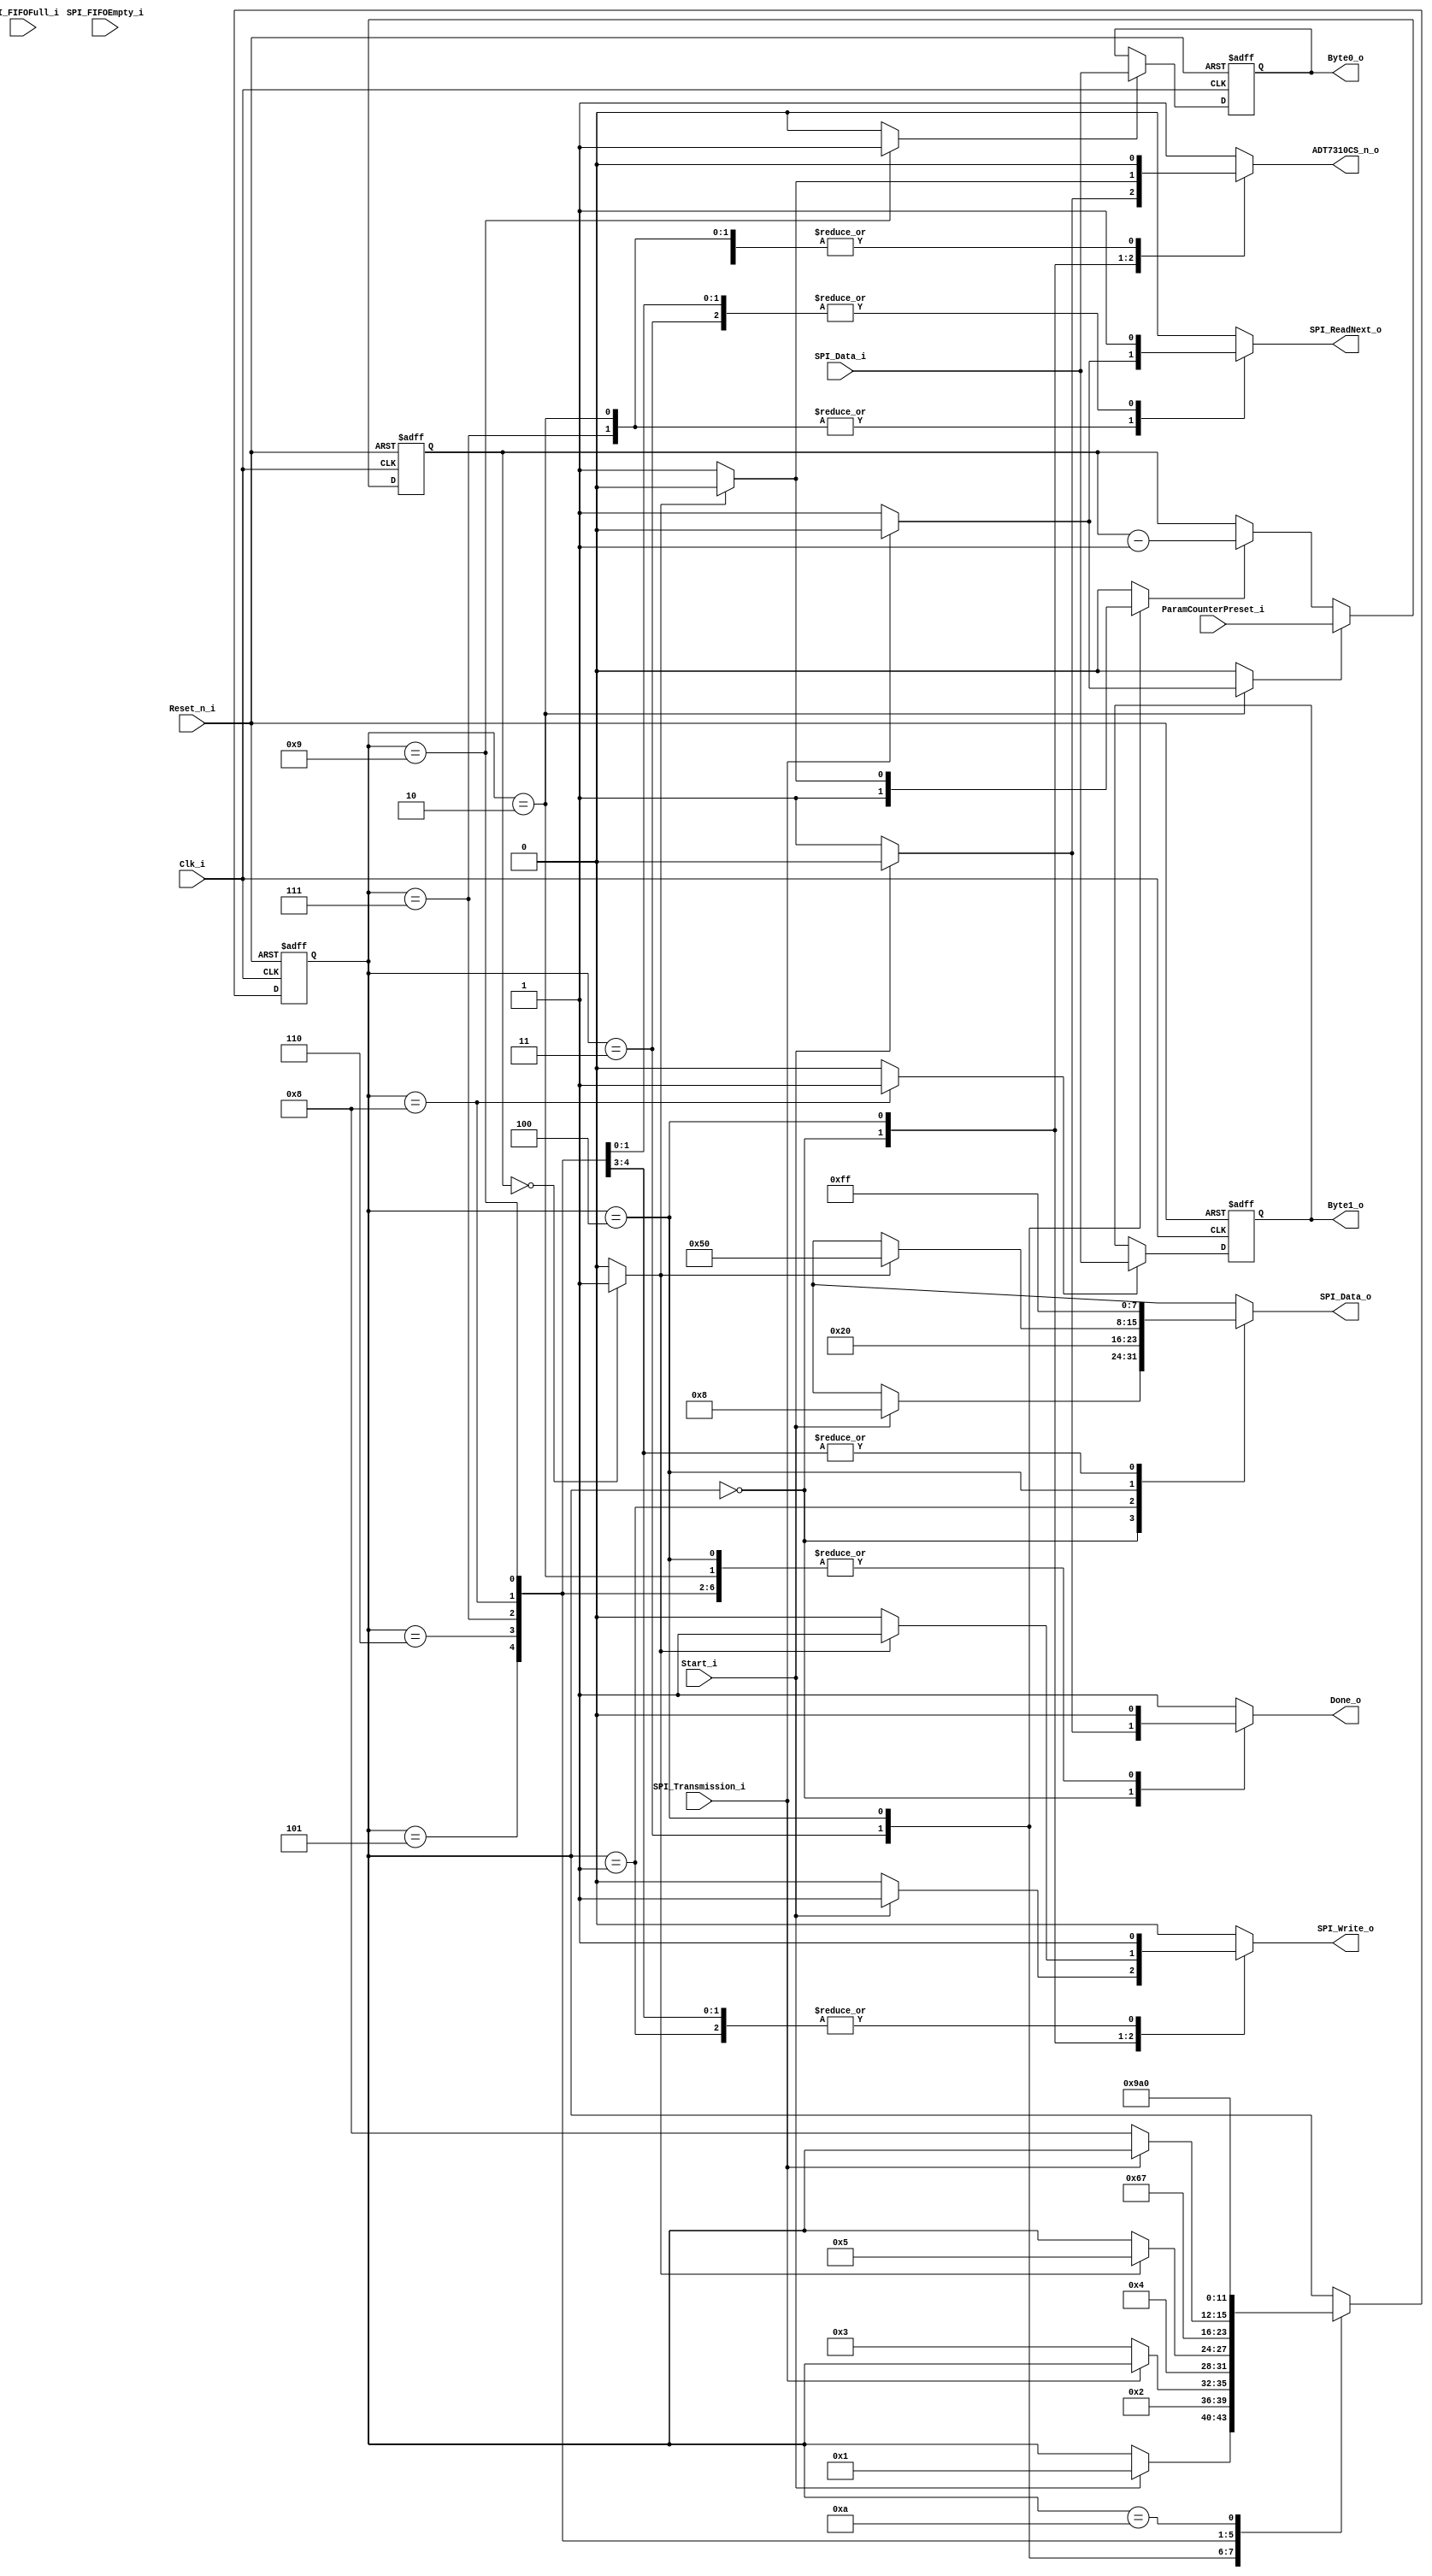
module SPIFSM #(
  parameter SPPRWidth = 4,
  parameter SPRWidth  = 4,
  parameter DataWidth = 8
) (
  input                  Reset_n_i,
  input                  Clk_i,
  // FSM control
  input                  Start_i,
  output reg             Done_o,
  output reg [DataWidth-1:0] Byte0_o,
  output reg [DataWidth-1:0] Byte1_o,
  // to/from SPI_Master
  input                  SPI_Transmission_i,
  output reg                 SPI_Write_o,
  output reg                 SPI_ReadNext_o,
  output reg [DataWidth-1:0] SPI_Data_o,
  input  [DataWidth-1:0] SPI_Data_i,
  input                  SPI_FIFOFull_i,
  input                  SPI_FIFOEmpty_i,
  // to ADT7310
  output reg             ADT7310CS_n_o,
  // parameters
  input [31:0]           ParamCounterPreset_i
);

  // SPI FSM
  localparam stIdle       = 4'b0000;
  localparam stWriteValue = 4'b0001;
  localparam stWaitSent   = 4'b0010;
  localparam stConsume1   = 4'b0011;
  localparam stWait       = 4'b0100;
  localparam stWriteDummy1= 4'b0101;
  localparam stWriteDummy2= 4'b0110;
  localparam stRead1      = 4'b0111;
  localparam stRead2      = 4'b1000;
  localparam stRead3      = 4'b1001;
  localparam stPause      = 4'b1010;
  reg  [3:0]             SPI_FSM_State;
  reg  [3:0]             SPI_FSM_NextState;
  wire                   SPI_FSM_TimerOvfl;
  reg                    SPI_FSM_TimerPreset;
  reg                    SPI_FSM_TimerEnable;
  reg                    SPI_FSM_Wr1;
  reg                    SPI_FSM_Wr0;

  /////////////////////////////////////////////////////////////////////////////
  // FSM //////////////////////////////////////////////////////////////////////
  /////////////////////////////////////////////////////////////////////////////

  always @(negedge Reset_n_i or posedge Clk_i)
  begin
    if (!Reset_n_i)
    begin
      SPI_FSM_State <= stIdle;
    end
    else
    begin
      SPI_FSM_State <= SPI_FSM_NextState;
    end  
  end

  always @(SPI_FSM_State, Start_i, SPI_Transmission_i, SPI_FSM_TimerOvfl)
  begin  // process SPI_FSM_CombProc
    SPI_FSM_NextState = SPI_FSM_State;
    // control signal default values
    ADT7310CS_n_o       = 1'b1;
    SPI_Data_o          = 8'bxxxxxxxx; // most time we don't care which value is set
    SPI_Write_o         = 1'b0;
    SPI_ReadNext_o      = 1'b0;
    SPI_FSM_TimerPreset = 1'b0;
    SPI_FSM_TimerEnable = 1'b0;
    SPI_FSM_Wr1         = 1'b0;
    SPI_FSM_Wr0         = 1'b0;
    Done_o              = 1'b1;
    // next state and output logic
    case (SPI_FSM_State)
      stIdle: begin
        if (Start_i == 1'b1)
        begin
          // single-shot measurement mode: write to 8-bit configuration
          // register (0x01): send 0x08 0x20 (one shot mode)
          SPI_FSM_NextState = stWriteValue;
          ADT7310CS_n_o     = 1'b0;
          SPI_Data_o        = 8'h08;
          SPI_Write_o       = 1'b1;
          Done_o            = 1'b0;
        end
      end
      stWriteValue: begin
        SPI_FSM_NextState   = stWaitSent;
        ADT7310CS_n_o       = 1'b0;
        // send 0x20
        SPI_Data_o          = 8'h20;
        SPI_Write_o         = 1'b1;
        Done_o              = 1'b0;
      end
      stWaitSent: begin
        // wait until SPI transmission has finished
        ADT7310CS_n_o       = 1'b0;
        Done_o              = 1'b0;
        if (SPI_Transmission_i == 1'b0)
        begin
          SPI_FSM_NextState   = stConsume1;
          SPI_ReadNext_o      = 1'b1;       // consume first received value
          SPI_FSM_TimerPreset = 1'b1;
        end
      end
      stConsume1: begin
        SPI_FSM_NextState   = stWait;
        ADT7310CS_n_o       = 1'b0;
        Done_o              = 1'b0;
        SPI_ReadNext_o      = 1'b1;       // consume second received value
        SPI_FSM_TimerEnable = 1'b1;  // start timer
      end
      stWait: begin
        // wait for 240ms
        ADT7310CS_n_o       = 1'b1;
        Done_o              = 1'b0;
        if (SPI_FSM_TimerOvfl == 1'b0)
        begin
          SPI_FSM_TimerEnable = 1'b1;  // timer running
        end
        else
        begin
          // timer overflow -> continue: send read command and two dummy bytes
          ADT7310CS_n_o       = 1'b0;
          SPI_FSM_NextState   = stWriteDummy1;
          SPI_Data_o          = 8'h50;
          SPI_Write_o         = 1'b1;
        end
      end
      stWriteDummy1: begin
        SPI_FSM_NextState   = stWriteDummy2;
        ADT7310CS_n_o       = 1'b0;
        Done_o              = 1'b0;
          SPI_Data_o          = 8'hFF;
          SPI_Write_o         = 1'b1;
        end
      stWriteDummy2: begin
        SPI_FSM_NextState   = stRead1;
        ADT7310CS_n_o       = 1'b0;
        Done_o              = 1'b0;
        SPI_Data_o          = 8'hFF;
        SPI_Write_o         = 1'b1;
      end
      stRead1: begin
        ADT7310CS_n_o       = 1'b0;
        Done_o              = 1'b0;
        // wait until SPI transmission has finished
        if (SPI_Transmission_i == 1'b0) begin
          SPI_FSM_NextState = stRead2;
          // consume and ignore first byte
          SPI_ReadNext_o    = 1'b1;
        end
      end
      stRead2: begin
        Done_o              = 1'b0;
        // consume and store second byte
        SPI_ReadNext_o      = 1'b1;
        SPI_FSM_Wr1         = 1'b1;
        SPI_FSM_NextState   = stRead3;
      end
      stRead3: begin
        Done_o              = 1'b0;
        // consume and store third byte
        SPI_ReadNext_o      = 1'b1;
        SPI_FSM_Wr0         = 1'b1;
        SPI_FSM_NextState   = stPause;
      end
      stPause: begin
        SPI_FSM_NextState = stIdle;
      end
      default: begin
      end
    endcase
  end


  /////////////////////////////////////////////////////////////////////////////
  // Byte-wide Memory /////////////////////////////////////////////////////////
  /////////////////////////////////////////////////////////////////////////////

  always @(negedge Reset_n_i or posedge Clk_i)
  begin
    if (!Reset_n_i)
    begin
      Byte0_o <= 8'd0;
      Byte1_o <= 8'd0;
    end
    else
    begin
      if (SPI_FSM_Wr0)
      begin
        Byte0_o <= SPI_Data_i;
      end
      if (SPI_FSM_Wr1)
      begin
        Byte1_o <= SPI_Data_i;
      end
    end  
  end

  /////////////////////////////////////////////////////////////////////////////
  // Word Arithmetic //////////////////////////////////////////////////////////
  /////////////////////////////////////////////////////////////////////////////

  reg [31:0] SPI_FSM_Timer;
  
  always @(negedge Reset_n_i or posedge Clk_i)
  begin
    if (!Reset_n_i)
    begin
      SPI_FSM_Timer <= 32'd0;
    end
    else
    begin
      if (SPI_FSM_TimerPreset)
      begin
        SPI_FSM_Timer <= ParamCounterPreset_i;
      end
      else if (SPI_FSM_TimerEnable)
      begin
        SPI_FSM_Timer <= SPI_FSM_Timer - 1'b1;
      end
    end  
  end

  assign SPI_FSM_TimerOvfl = (SPI_FSM_Timer == 0) ? 1'b1 : 1'b0;

endmodule